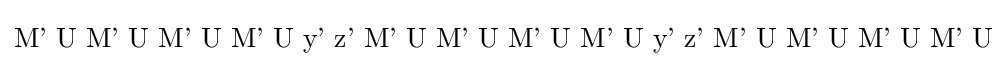
{\text{M' U M' U M' U M' U y' z' M' U M' U M' U M' U y' z' M' U M' U M' U M' U}}